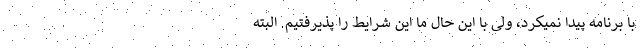
با برنامه پیدا نمیکرد، ولی با این حال ما این شرایط را پذیرفتیم. البته